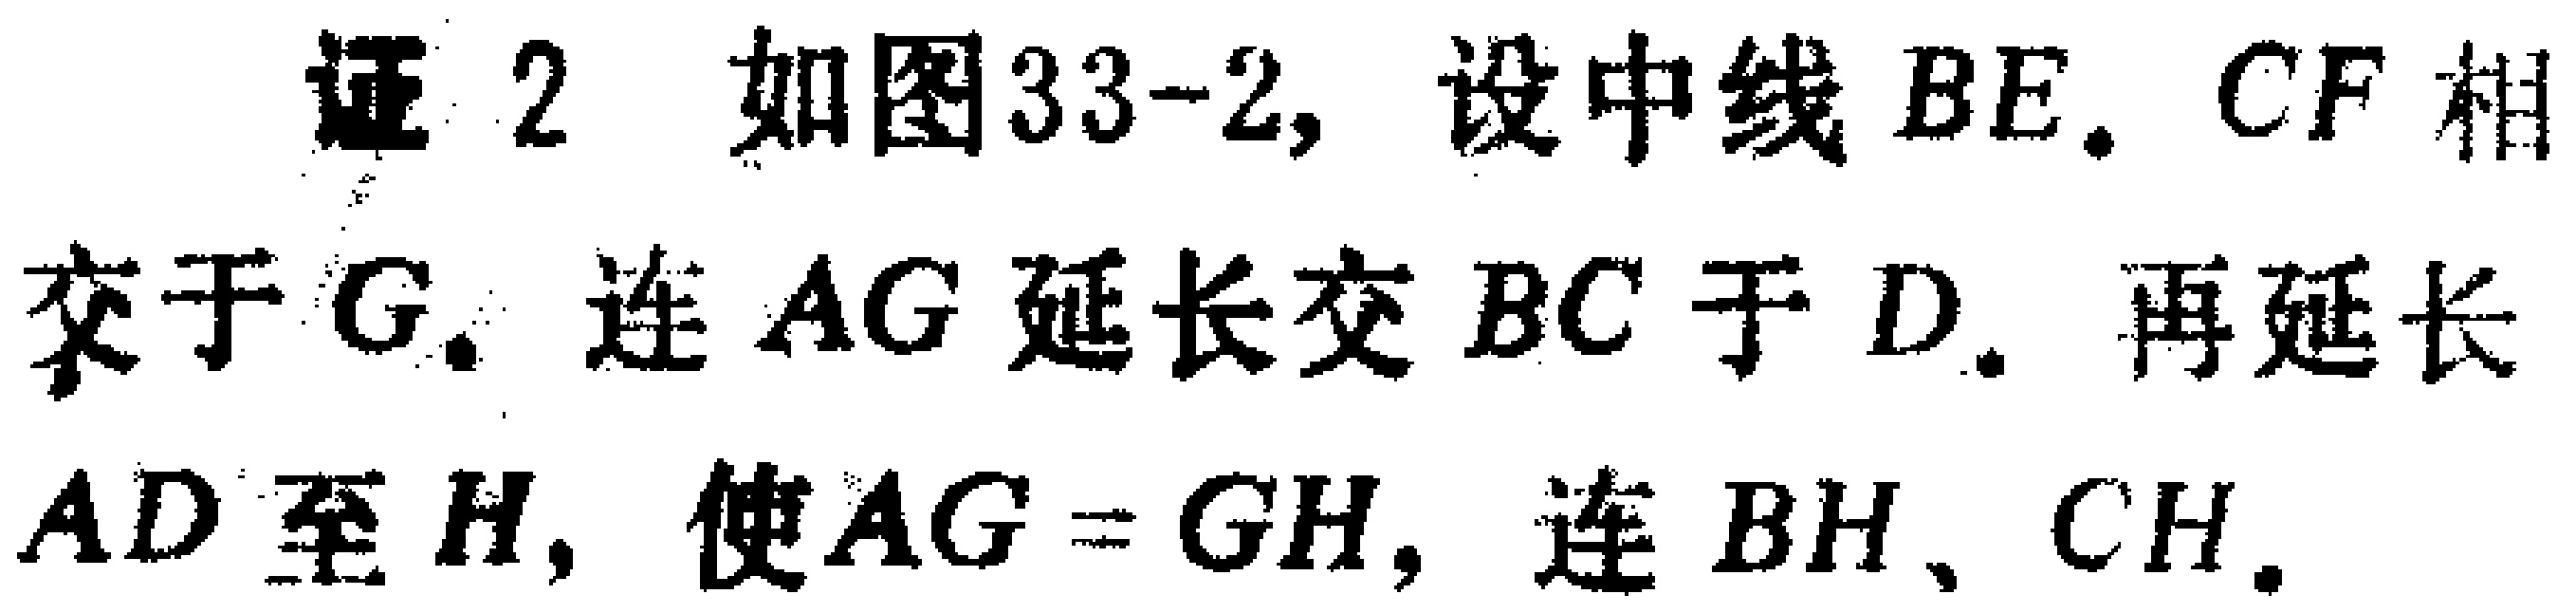
证2 如图33-2, 设中线 \(BE\). \(CF\) 相交于 \(G\). 连 \(AG\) 延长交 \(BC\) 于 \(D\). 再延长 \(AD\) 至 \(H\), 使 \(AG = GH\), 连 \(BH\)、\(CH\).